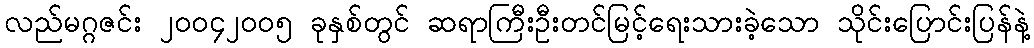
လည်မဂ္ဂဇင်း ၂၀၀၄၂၀၀၅ ခုနှစ်တွင် ဆရာကြီးဦးတင်မြင့်ရေးသားခဲ့သော သိုင်းပြောင်းပြန်နဲ့